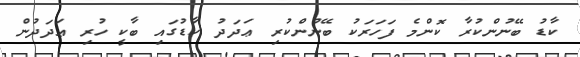
ކާޑު ބޭނުންކުރާ ކޮންމެ ފަހަރަކު ބޭނުންކުރި ޢަދަދު ކާޑުގައި ބާކީ ހުރި ޢަދަދުން